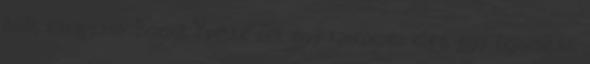
őrült kavargása. Bozsik Yvette-nek egy karkörzés elég, egy fejsimítás,